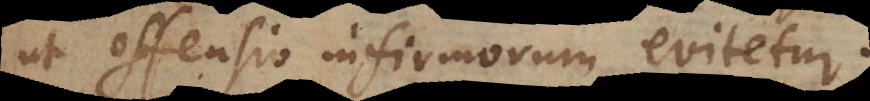
ut offensio infirmorum evitetur.